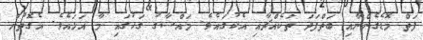
ފަތް މޮޑެގެންނާއި ބަތްފަދަ ތަކެއްޗާއި އެކުގައެވެ. މައްސާގު ގަހުގައި މާ އަޅައެވެ. އެގޮތުން